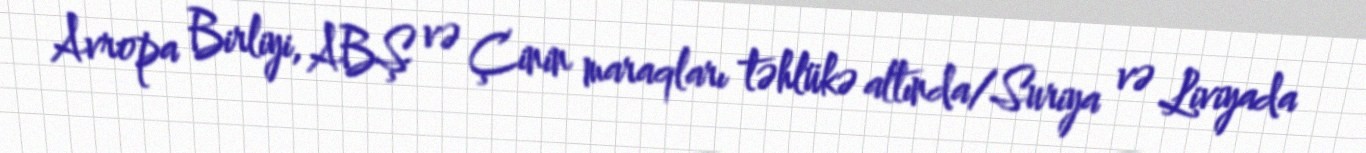
Avropa Birliyi, ABŞ və Çinin maraqları təhlükə altında/Suriya və Liviyada